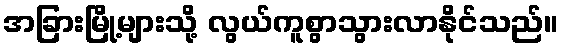
အခြားမြို့များသို့ လွယ်ကူစွာသွားလာနိုင်သည်။